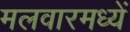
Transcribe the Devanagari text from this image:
मलवारमध्यें